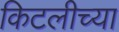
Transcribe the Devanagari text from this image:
किटलीच्या